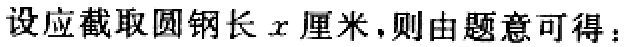
设应截取圆钢长\(x\)厘米，则由题意可得：